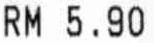
RM 5.90